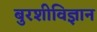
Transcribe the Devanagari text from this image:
बुरशीविज्ञान